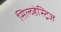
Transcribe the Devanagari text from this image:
सिल्व्हेस्ट्रिज